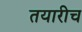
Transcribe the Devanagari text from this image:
तयारीच